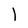
Character: l